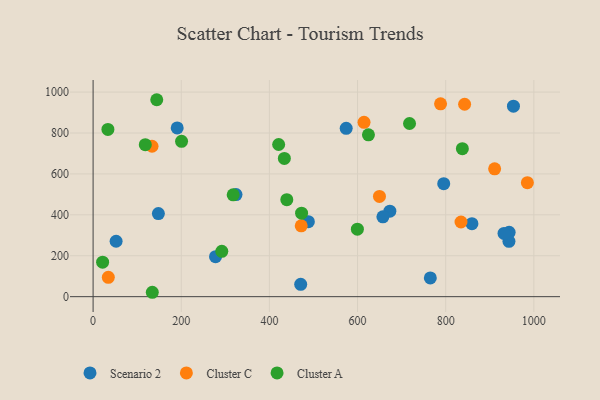
{"axis": {"x": "Engine Size", "y": "Profit"}, "legend": ["Cluster A", "Cluster C", "Scenario 2"], "data": [{"x": "488.4", "y": 366.4, "type": "Scenario 2"}, {"x": "471.0", "y": 60.4, "type": "Scenario 2"}, {"x": "953.7", "y": 931.2, "type": "Scenario 2"}, {"x": "673.3", "y": 418.0, "type": "Scenario 2"}, {"x": "190.8", "y": 824.8, "type": "Scenario 2"}, {"x": "148.1", "y": 406.3, "type": "Scenario 2"}, {"x": "277.8", "y": 195.3, "type": "Scenario 2"}, {"x": "943.9", "y": 314.5, "type": "Scenario 2"}, {"x": "52.2", "y": 271.0, "type": "Scenario 2"}, {"x": "795.5", "y": 552.2, "type": "Scenario 2"}, {"x": "324.2", "y": 498.9, "type": "Scenario 2"}, {"x": "657.5", "y": 390.1, "type": "Scenario 2"}, {"x": "765.1", "y": 91.7, "type": "Scenario 2"}, {"x": "574.2", "y": 822.7, "type": "Scenario 2"}, {"x": "859.5", "y": 356.8, "type": "Scenario 2"}, {"x": "943.5", "y": 270.3, "type": "Scenario 2"}, {"x": "932.3", "y": 309.0, "type": "Scenario 2"}, {"x": "34.5", "y": 94.5, "type": "Cluster C"}, {"x": "911.0", "y": 625.0, "type": "Cluster C"}, {"x": "834.7", "y": 364.9, "type": "Cluster C"}, {"x": "788.3", "y": 942.8, "type": "Cluster C"}, {"x": "472.2", "y": 346.2, "type": "Cluster C"}, {"x": "842.9", "y": 940.6, "type": "Cluster C"}, {"x": "133.7", "y": 735.3, "type": "Cluster C"}, {"x": "649.7", "y": 490.1, "type": "Cluster C"}, {"x": "985.3", "y": 557.4, "type": "Cluster C"}, {"x": "614.7", "y": 852.2, "type": "Cluster C"}, {"x": "21.6", "y": 168.4, "type": "Cluster A"}, {"x": "33.6", "y": 817.6, "type": "Cluster A"}, {"x": "439.5", "y": 474.3, "type": "Cluster A"}, {"x": "118.4", "y": 742.8, "type": "Cluster A"}, {"x": "200.7", "y": 759.1, "type": "Cluster A"}, {"x": "473.0", "y": 407.9, "type": "Cluster A"}, {"x": "837.8", "y": 723.4, "type": "Cluster A"}, {"x": "134.3", "y": 21.5, "type": "Cluster A"}, {"x": "421.0", "y": 743.7, "type": "Cluster A"}, {"x": "317.8", "y": 497.9, "type": "Cluster A"}, {"x": "292.0", "y": 221.5, "type": "Cluster A"}, {"x": "624.7", "y": 791.2, "type": "Cluster A"}, {"x": "144.4", "y": 962.6, "type": "Cluster A"}, {"x": "599.6", "y": 329.9, "type": "Cluster A"}, {"x": "433.9", "y": 675.8, "type": "Cluster A"}, {"x": "717.9", "y": 846.5, "type": "Cluster A"}]}